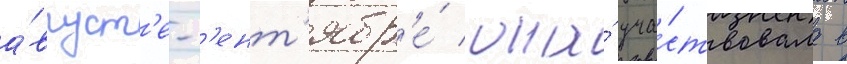
а́вгуст'е-с'ент'ябр'е́ она́ уча́ствовала в